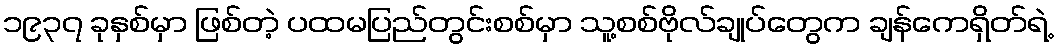
၁၉၃၇ ခုနှစ်မှာ ဖြစ်တဲ့ ပထမပြည်တွင်းစစ်မှာ သူ့စစ်ဗိုလ်ချုပ်တွေက ချန်ကေရှိတ်ရဲ့